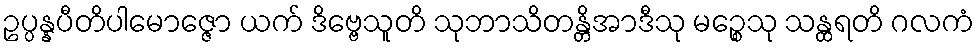
ဥပ္ပန္နပီတိပါမောဇ္ဇော ယက် ဒိဗ္ဗေသူတိ သုဘာသိတန္တိအာဒီသု မဉ္စေသု သန္ထရတိ ဂလကံ